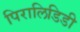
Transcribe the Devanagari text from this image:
पिरालिडिडी